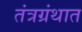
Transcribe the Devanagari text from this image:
तंत्रग्रंथात